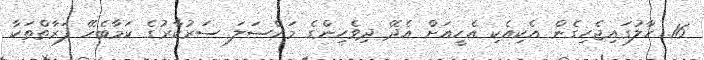
16. ހާލުގައިޖެހިގެން އެކިއެކި އެހީއަށް އެދޭ ދިވެހިންގެ މައްސަލަ ސަރުކާރުގެ ކަމާބެހޭ ފަރާތްތަކާ